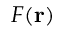
F ( \mathbf { r } )